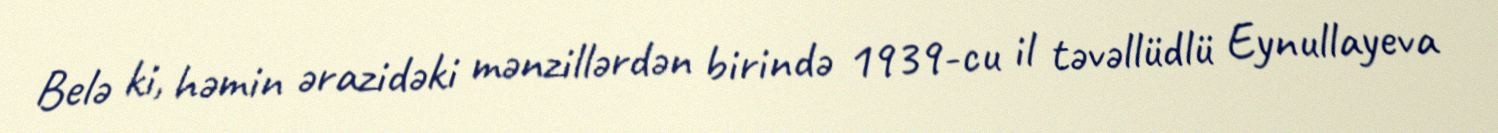
Belə ki, həmin ərazidəki mənzillərdən birində 1939-cu il təvəllüdlü Eynullayeva